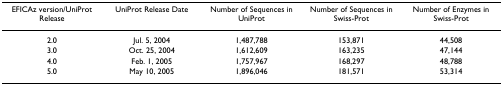
| EFICAz version/UniProt Release | UniProt Release Date | Number of Sequences in UniProt | Number of Sequences in Swiss-Prot | Number of Enzymes in Swiss-Prot |
 | --- | --- | --- | --- | --- |
 | 2.0 | Jul. 5, 2004 | 1,487,788 | 153,871 | 44,508 |
 | 3.0 | Oct. 25, 2004 | 1,612,609 | 163,235 | 47,144 |
 | 4.0 | Feb. 1, 2005 | 1,757,967 | 168,297 | 48,788 |
 | 5.0 | May 10, 2005 | 1,896,046 | 181,571 | 53,314 |